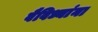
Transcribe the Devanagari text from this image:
वैविध्यांना